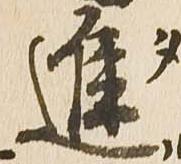
進